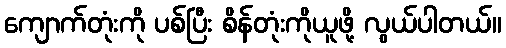
ကျောက်တုံးကို ပစ်ပြီး စိန်တုံးကိုယူဖို့ လွယ်ပါတယ်။